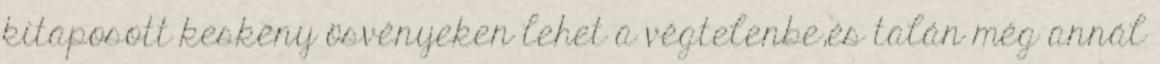
kitaposott keskeny ösvényeken lehet a végtelenbe,és talán még annál